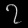
Digit: ၇